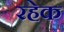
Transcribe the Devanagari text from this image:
रहेक